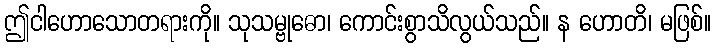
ဤငါဟောသောတရားကို။ သုသမ္ဗုဓော၊ ကောင်းစွာသိလွယ်သည်။ န ဟောတိ၊ မဖြစ်။